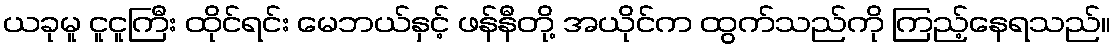
ယခုမူ ငူငူကြီး ထိုင်ရင်း မေဘယ်နှင့် ဖန်နီတို့ အယိုင်က ထွက်သည်ကို ကြည့်နေရသည်။